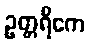
ဥတ္တရိကေ